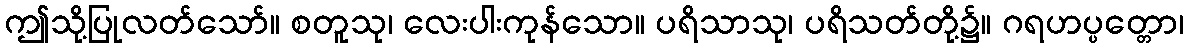
ဤသို့ပြုလတ်သော်။ စတူသု၊ လေးပါးကုန်သော။ ပရိသာသု၊ ပရိသတ်တို့၌။ ဂရဟပ္ပတ္တော၊